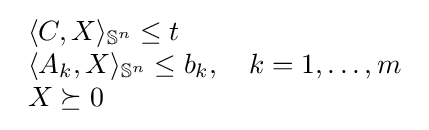
{\begin{array}{lr}\langle C,X\rangle _{\mathbb {S} ^{n}}\leq t\\\langle A_{k},X\rangle _{\mathbb {S} ^{n}}\leq b_{k},\quad k=1,\ldots ,m\\X\succeq 0\end{array}}